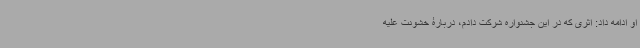
او ادامه داد: اثری که در این جشنواره شرکت دادم، دربارۀ خشونت علیه